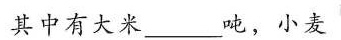
其中有大米_____吨，小麦